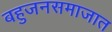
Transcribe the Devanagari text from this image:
बहुजनसमाजात